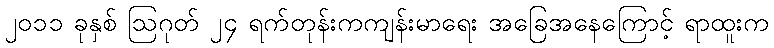
၂၀၁၁ ခုနှစ် ဩဂုတ် ၂၄ ရက်တုန်းကကျန်းမာရေး အခြေအနေကြောင့် ရာထူးက